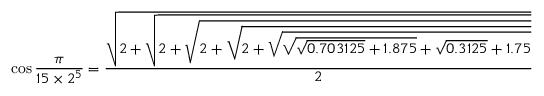
\cos { \frac { \pi } { 1 5 \times 2 ^ { 5 } } } = { \frac { \sqrt { 2 + { \sqrt { 2 + { \sqrt { 2 + { \sqrt { 2 + { \sqrt { { \sqrt { { \sqrt { 0 . 7 0 3 1 2 5 } } + 1 . 8 7 5 } } + { \sqrt { 0 . 3 1 2 5 } } + 1 . 7 5 } } } } } } } } } } { 2 } }